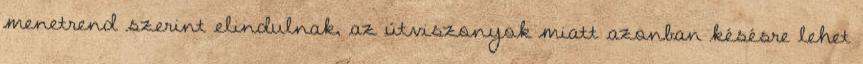
menetrend szerint elindulnak, az útviszonyok miatt azonban késésre lehet